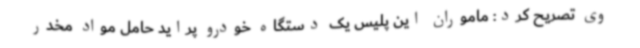
وی تصریح کرد: ماموران این پلیس یک دستگاه خودرو پراید حامل مواد مخدر